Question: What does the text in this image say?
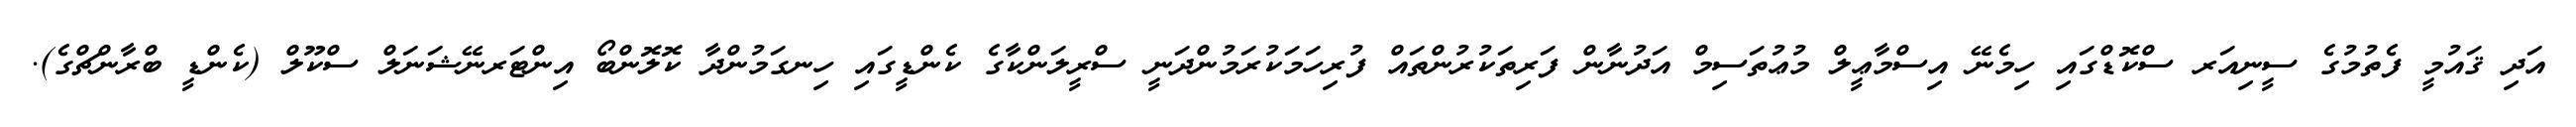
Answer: އަދި ޤައުމީ ފެތުމުގެ ސީނިއަރ ސްކޮޑްގައި ހިމެނޭ އިސްމާޢީލް މުޢުތަސިމް އަދުނާން ފަރިތަކުރުންތައް ފުރިހަމަކުރަމުންދަނީ ސްރީލަންކާގެ ކެންޑީގައި ހިނގަމުންދާ ކޮލޮންބޯ އިންޓަރނޭޝަނަލް ސްކޫލް (ކެންޑީ ބްރާންޗްގެ).